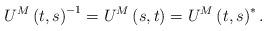
LaTeX: \begin{align*}U^{M}\left( t,s\right) ^{-1}=U^{M}\left( s,t\right) =U^{M}\left(t,s\right) ^{\ast}. \end{align*}